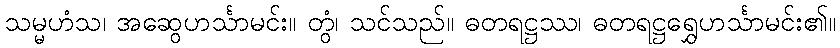
သမ္မဟံသ၊ အဆွေဟင်္သာမင်း။ တွံ၊ သင်သည်။ ဓတရဋ္ဌဿ၊ ဓတရဋ္ဌရွှေဟင်္သာမင်း၏။